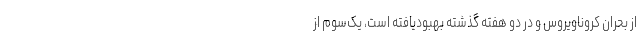
از بحران کروناویروس و در دو هفته گذشته بهبودیافته است، یک‌سوم از